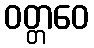
ဝတ္တဝေ